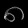
Digit: ၈